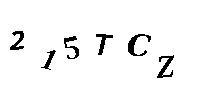
215TCZ